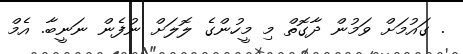
. ގައުމަށް ވަމުން ދާގޮތް މި މީހުންގެ ލޮލަށް ނުފެން ނަނީބާ. އެމް